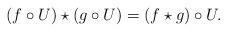
LaTeX: \begin{align*}(f\circ U)\star(g\circ U)=(f\star g)\circ U.\end{align*}